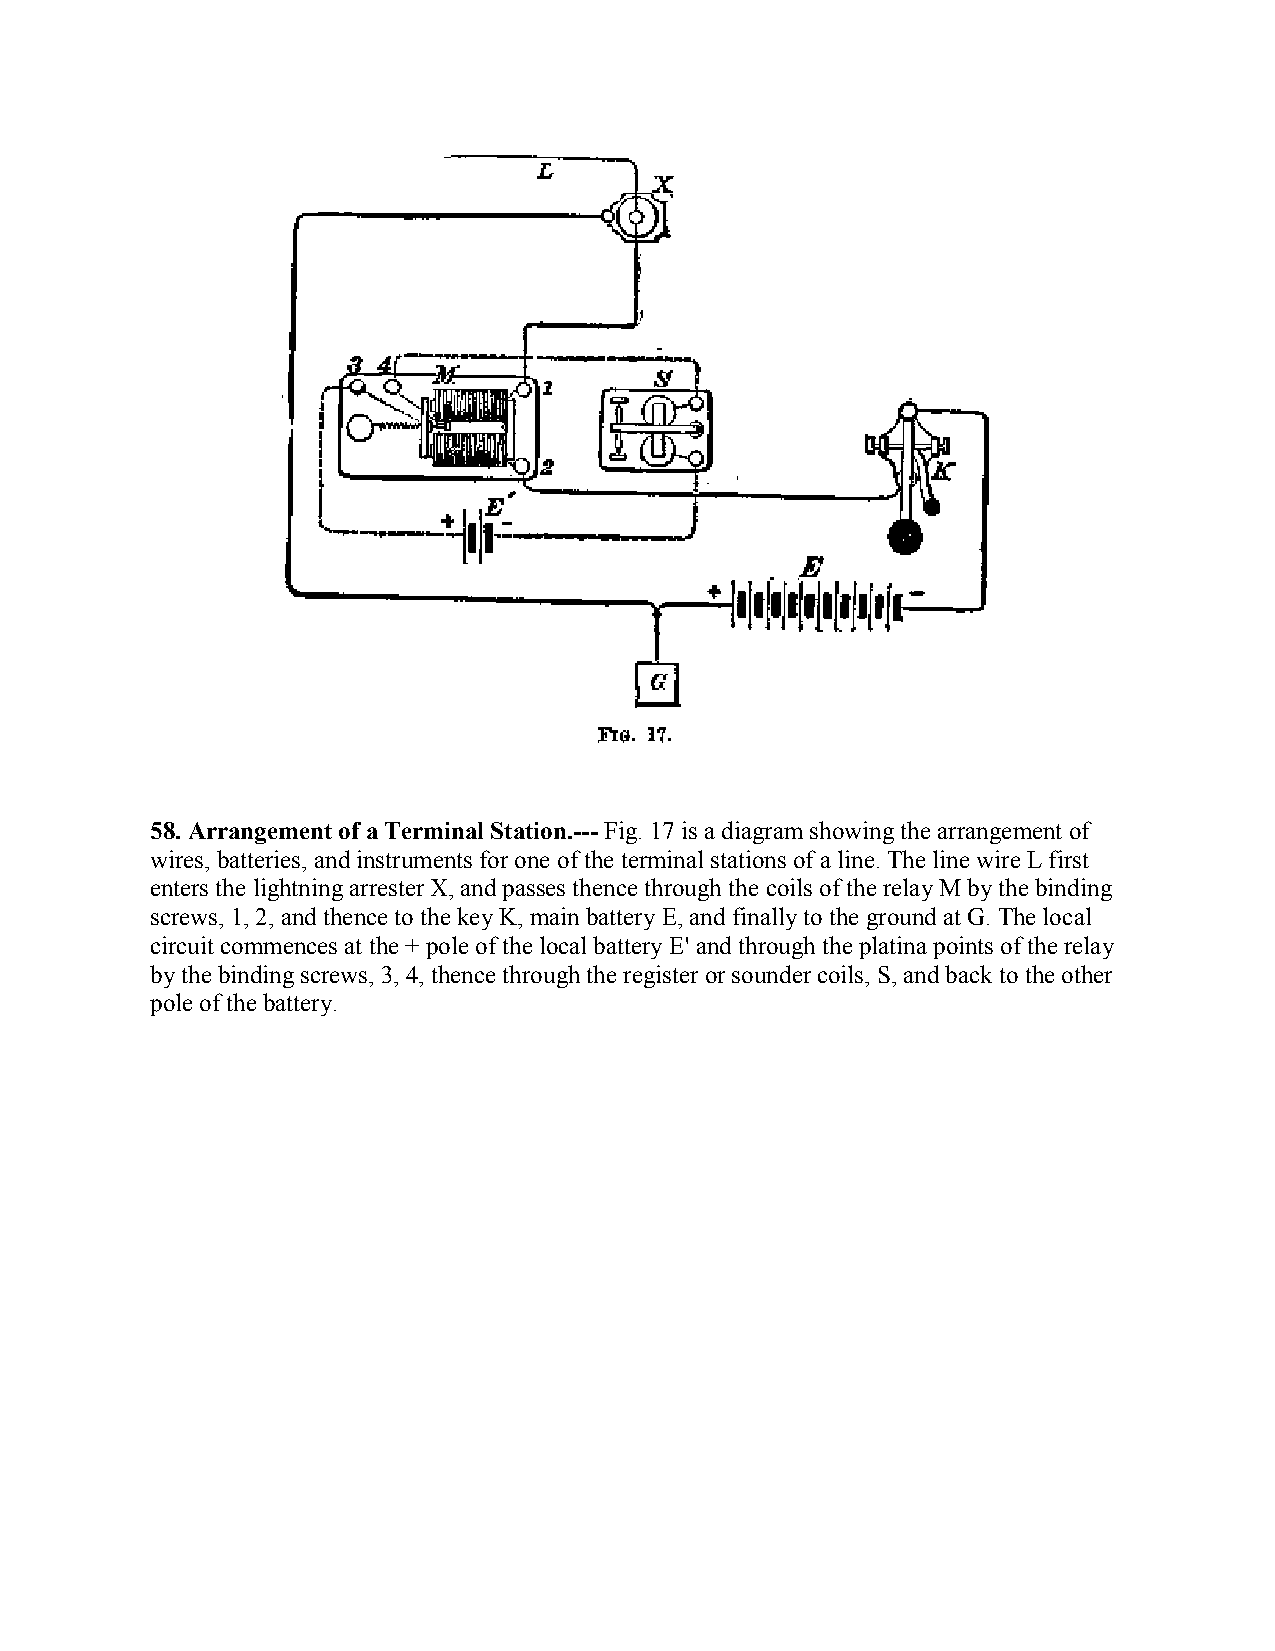
58. Arrangement of a Terminal Station.--- Fig. 17 is a diagram showing the arrangement of
 wires, batteries, and instruments for one of the terminal stations of a line. The line wire L first
 enters the lightning arrester X, and passes thence through the coils of the relay M by the binding
 screws, 1, 2, and thence to the key K, main battery E, and finally to the ground at G. The local
 circuit commences at the + pole of the local battery E' and through the platina points of the relay
 by the binding screws, 3, 4, thence through the register or sounder coils, S, and back to the other
 pole of the battery.